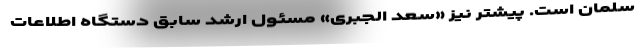
سلمان است. پیشتر نیز «سعد الجبری» مسئول ارشد سابق دستگاه اطلاعات